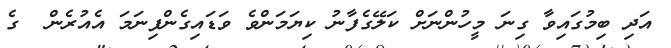
އަދި ބިމުގައިވާ ގިނަ މީހުންނަށް ކަލޭގެފާނު ކިޔަމަންވެ ވަޑައިގެންފިނަމަ އެއުރެން  ގެ